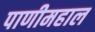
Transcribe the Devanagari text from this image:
पाणीमहाल